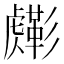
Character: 𧈎